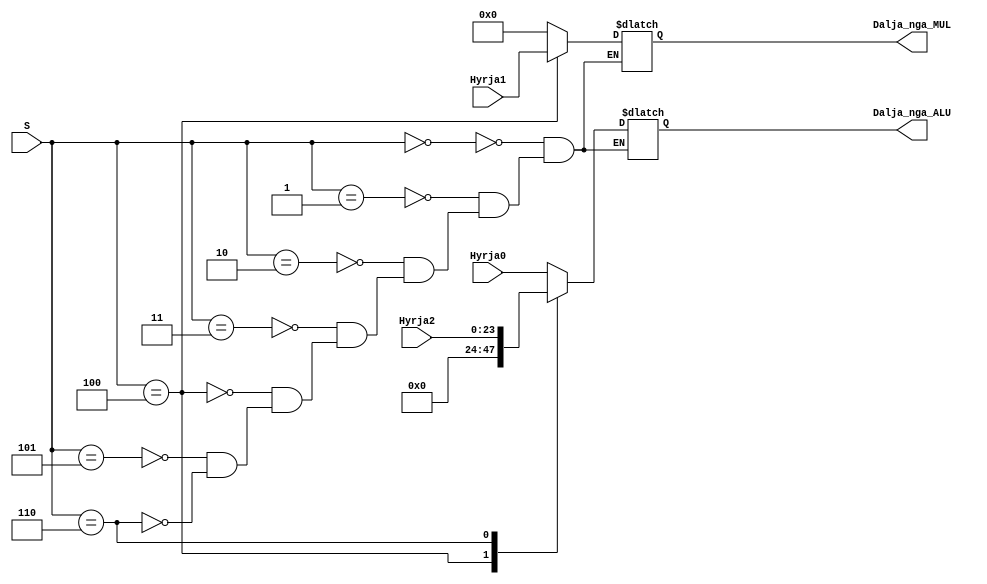
module mux3ne2_24b(
    input [23:0] Hyrja0,
    input [47:0] Hyrja1,
    input [23:0] Hyrja2,
    input [2:0] S,
    output  reg[23:0] Dalja_nga_ALU,
    output  reg[47:0] Dalja_nga_MUL

    );    
  
    always@* begin
        case (S)
            3'b000:  
            begin 
            Dalja_nga_ALU = Hyrja0;
            Dalja_nga_MUL = 48'b0;
            end
            3'b001:  
            begin
            Dalja_nga_ALU = Hyrja0;
            Dalja_nga_MUL = 48'b0;
            end
            3'b010:  
            begin
            Dalja_nga_ALU = Hyrja0;
            Dalja_nga_MUL = 48'b0;
            end
            3'b011:  
            begin
            Dalja_nga_ALU = Hyrja0;
            Dalja_nga_MUL = 48'b0;
            end
            3'b100:  
            begin 
            Dalja_nga_MUL = Hyrja1;
            Dalja_nga_ALU = 24'b0;
            end
            3'b101:  
            begin
            Dalja_nga_ALU = Hyrja0;
            Dalja_nga_MUL = 48'b0;
            end
            3'b110:  
            begin
            Dalja_nga_ALU = Hyrja2;
            Dalja_nga_MUL = 48'b0;
            end

        endcase
    end


endmodule